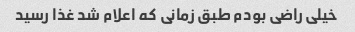
خیلی راضی بودم طبق زمانی که اعلام شد غذا رسید